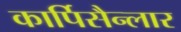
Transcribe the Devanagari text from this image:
कार्पिसैन्लार